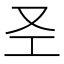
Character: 𱑱